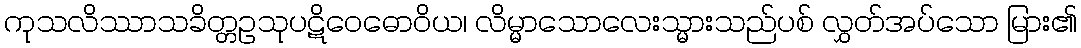
ကုသလိဿာသခိတ္တဥသုပဋိဝေဓောဝိယ၊ လိမ္မာသောလေးသ္မားသည်ပစ် လွှတ်အပ်သော မြား၏